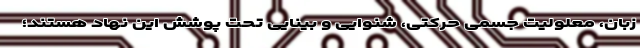
زبان، معلولیت جسمی حرکتی، شنوایی و بینایی تحت پوشش این نهاد هستند؛